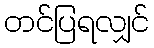
တင်ပြရလျှင်